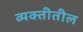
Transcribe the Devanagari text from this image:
व्यक्तीतील